Civil Veterinary Dept. Bombay admin report 1932-41 - 1932-1941
Year: 1932
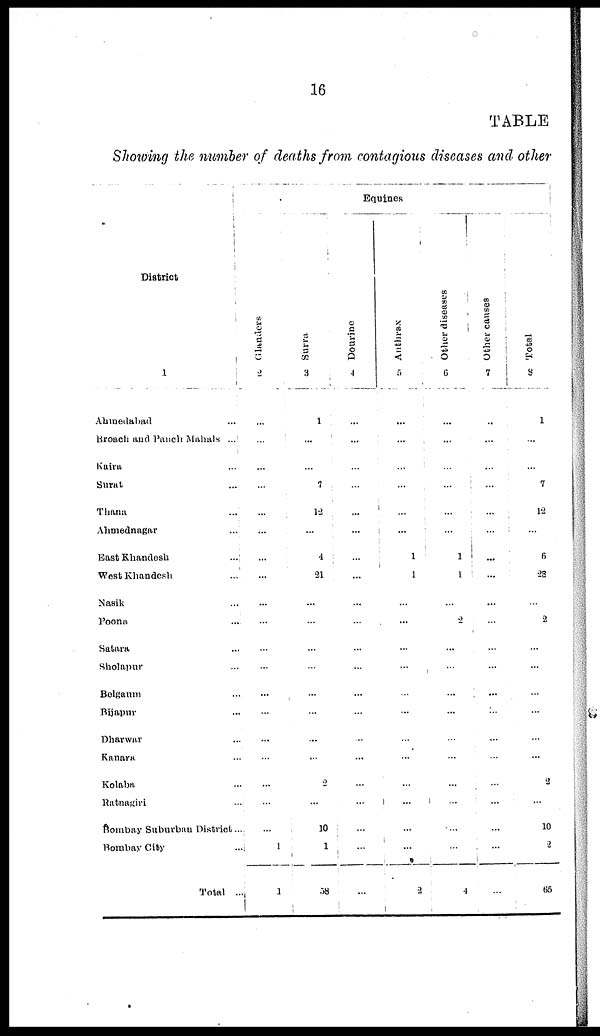
16
TABLE
Showing the number of deaths from contagious diseases and other
District
1
Ahmedabad ...
Broach and Panch Mahals ...
Kaira ...
Surat ...
Thana ...
Ahmednagar ...
East Khandesh
...
West Khandesh ...
Nasik ...
Poona
...
Satara ...
Sholapur ...
Belgaum ...
Bijapur ...
Dharwar ...
Kanara ...
Kolaba ...
Ratnagiri ...
Bombay Suburbau District ...
Bombay City ...
Total ...
Equines
Glanders
2
...
...
...
...
...
...
...
...
...
...
...
...
......
...
...
...
...
...
...
1
1
Surra
3
1
...
...
7
12
...
4
21
...
...
...
...
...
...
...
...
2
...
10
1
58
Dourine
4
...
...
...
...
...
...
...
...
...
...
...
...
...
...
...
...
...
...
...
...
...
Anthrax
5
...
...
...
...
...
...
1
1
...
...
...
...
...
...
...
...
...
...
...
...
2
Other diseases
6
...
...
...
...
...
...
1
1
...
2
...
...
...
...
...
...
...
...
...
...
4
Other causes
7
...
...
...
...
...
...
...
...
...
...
...
...
...
...
...
...
...
...
...
...
...
Total
8
1
...
...
7
12
...
6
23
...
2
...
...
...
...
...
...
2
...
10
2
65